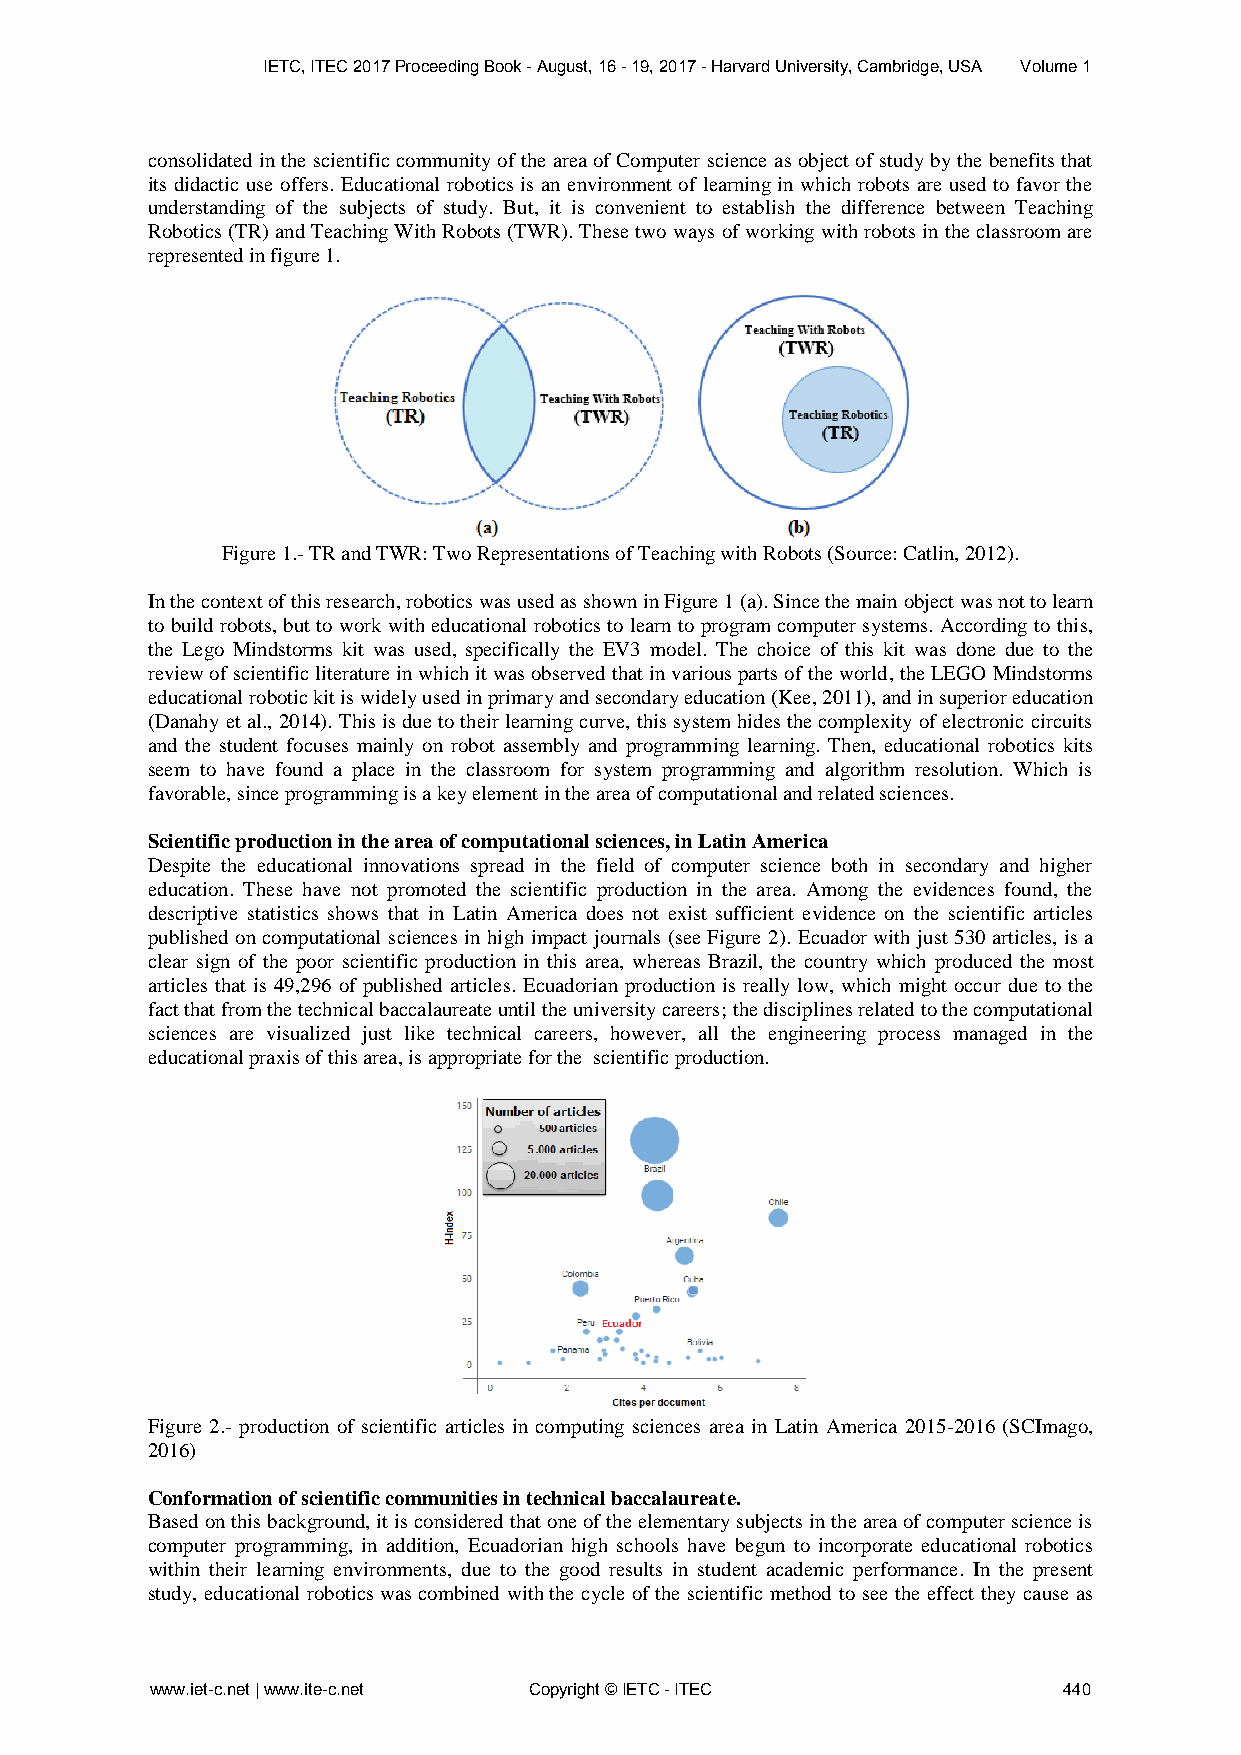
IETC, ITEC 2017 Proceeding Book - August, 16 - 19, 2017 - Harvard University, Cambridge, USA Volume 1
 consolidated in the scientific community of the area of Computer science as object of study by the benefits that
 its didactic use offers. Educational robotics is an environment of learning in which robots are used to favor the
 understanding of the subjects of study. But, it is convenient to establish the difference between Teaching
 Robotics (TR) and Teaching With Robots (TWR). These two ways of working with robots in the classroom are
 represented in figure 1.
 Figure 1.- TR and TWR: Two Representations of Teaching with Robots (Source: Catlin, 2012).
 In the context of this research, robotics was used as shown in Figure 1 (a). Since the main object was not to learn
 to build robots, but to work with educational robotics to learn to program computer systems. According to this,
 the Lego Mindstorms kit was used, specifically the EV3 model. The choice of this kit was done due to the
 review of scientific literature in which it was observed that in various parts of the world, the LEGO Mindstorms
 educational robotic kit is widely used in primary and secondary education (Kee, 2011), and in superior education
 (Danahy et al., 2014). This is due to their learning curve, this system hides the complexity of electronic circuits
 and the student focuses mainly on robot assembly and programming learning. Then, educational robotics kits
 seem to have found a place in the classroom for system programming and algorithm resolution. Which is
 favorable, since programming is a key element in the area of computational and related sciences.
 Scientific production in the area of computational sciences, in Latin America
 Despite the educational innovations spread in the field of computer science both in secondary and higher
 education. These have not promoted the scientific production in the area. Among the evidences found, the
 descriptive statistics shows that in Latin America does not exist sufficient evidence on the scientific articles
 published on computational sciences in high impact journals (see Figure 2). Ecuador with just 530 articles, is a
 clear sign of the poor scientific production in this area, whereas Brazil, the country which produced the most
 articles that is 49,296 of published articles. Ecuadorian production is really low, which might occur due to the
 fact that from the technical baccalaureate until the university careers; the disciplines related to the computational
 sciences are visualized just like technical careers, however, all the engineering process managed in the
 educational praxis of this area, is appropriate for the scientific production.
 Figure 2.- production of scientific articles in computing sciences area in Latin America 2015-2016 (SCImago,
 2016)
 Conformation of scientific communities in technical baccalaureate.
 Based on this background, it is considered that one of the elementary subjects in the area of computer science is
 computer programming, in addition, Ecuadorian high schools have begun to incorporate educational robotics
 within their learning environments, due to the good results in student academic performance. In the present
 study, educational robotics was combined with the cycle of the scientific method to see the effect they cause as
 www.iet-c.net | www.ite-c.net Copyright © IETC - ITEC       440